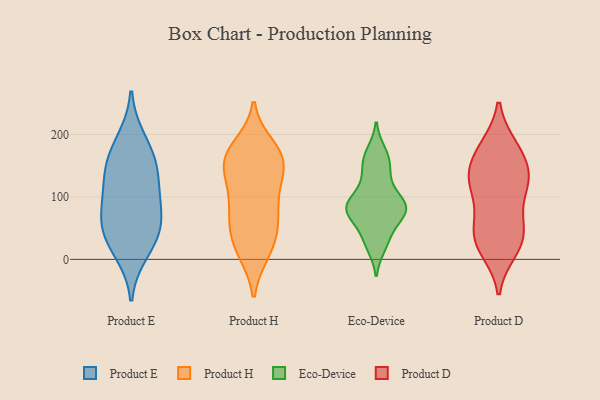
{"axis": {"x": "Waste Production (Tons)", "y": "Value"}, "legend": ["Eco-Device", "Product D", "Product E", "Product H"], "data": [{"x": "", "y": 129, "type": "Product E"}, {"x": "", "y": 48, "type": "Product E"}, {"x": "", "y": 100, "type": "Product E"}, {"x": "", "y": 156, "type": "Product E"}, {"x": "", "y": 38, "type": "Product E"}, {"x": "", "y": 13, "type": "Product E"}, {"x": "", "y": 57, "type": "Product E"}, {"x": "", "y": 155, "type": "Product E"}, {"x": "", "y": 190, "type": "Product E"}, {"x": "", "y": 86, "type": "Product E"}, {"x": "", "y": 69, "type": "Product H"}, {"x": "", "y": 168, "type": "Product H"}, {"x": "", "y": 55, "type": "Product H"}, {"x": "", "y": 91, "type": "Product H"}, {"x": "", "y": 167, "type": "Product H"}, {"x": "", "y": 181, "type": "Product H"}, {"x": "", "y": 159, "type": "Product H"}, {"x": "", "y": 136, "type": "Product H"}, {"x": "", "y": 57, "type": "Product H"}, {"x": "", "y": 11, "type": "Product H"}, {"x": "", "y": 48, "type": "Product H"}, {"x": "", "y": 12, "type": "Product H"}, {"x": "", "y": 155, "type": "Product H"}, {"x": "", "y": 143, "type": "Product H"}, {"x": "", "y": 104, "type": "Product H"}, {"x": "", "y": 109, "type": "Product H"}, {"x": "", "y": 18, "type": "Product H"}, {"x": "", "y": 168, "type": "Product H"}, {"x": "", "y": 28, "type": "Eco-Device"}, {"x": "", "y": 85, "type": "Eco-Device"}, {"x": "", "y": 91, "type": "Eco-Device"}, {"x": "", "y": 83, "type": "Eco-Device"}, {"x": "", "y": 74, "type": "Eco-Device"}, {"x": "", "y": 75, "type": "Eco-Device"}, {"x": "", "y": 21, "type": "Eco-Device"}, {"x": "", "y": 93, "type": "Eco-Device"}, {"x": "", "y": 79, "type": "Eco-Device"}, {"x": "", "y": 153, "type": "Eco-Device"}, {"x": "", "y": 134, "type": "Eco-Device"}, {"x": "", "y": 172, "type": "Eco-Device"}, {"x": "", "y": 162, "type": "Eco-Device"}, {"x": "", "y": 118, "type": "Eco-Device"}, {"x": "", "y": 43, "type": "Eco-Device"}, {"x": "", "y": 73, "type": "Eco-Device"}, {"x": "", "y": 126, "type": "Product D"}, {"x": "", "y": 181, "type": "Product D"}, {"x": "", "y": 180, "type": "Product D"}, {"x": "", "y": 126, "type": "Product D"}, {"x": "", "y": 47, "type": "Product D"}, {"x": "", "y": 143, "type": "Product D"}, {"x": "", "y": 24, "type": "Product D"}, {"x": "", "y": 41, "type": "Product D"}, {"x": "", "y": 16, "type": "Product D"}, {"x": "", "y": 86, "type": "Product D"}, {"x": "", "y": 62, "type": "Product D"}, {"x": "", "y": 149, "type": "Product D"}, {"x": "", "y": 116, "type": "Product D"}, {"x": "", "y": 117, "type": "Product D"}, {"x": "", "y": 181, "type": "Product D"}, {"x": "", "y": 14, "type": "Product D"}, {"x": "", "y": 44, "type": "Product D"}, {"x": "", "y": 139, "type": "Product D"}]}